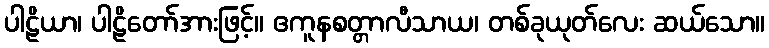
ပါဠိယာ၊ ပါဠိတော်အားဖြင့်။ ဧကူနစတ္တာလီသာယ၊ တစ်ခုယုတ်လေး ဆယ်သော။